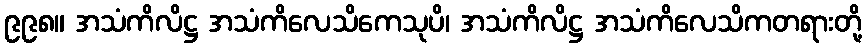
၉၉၈။ အသံကိလိဋ္ဌ အသံကိလေသိကေသုပိ၊ အသံကိလိဋ္ဌ အသံကိလေသိကတရားတို့